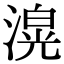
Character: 𭲄